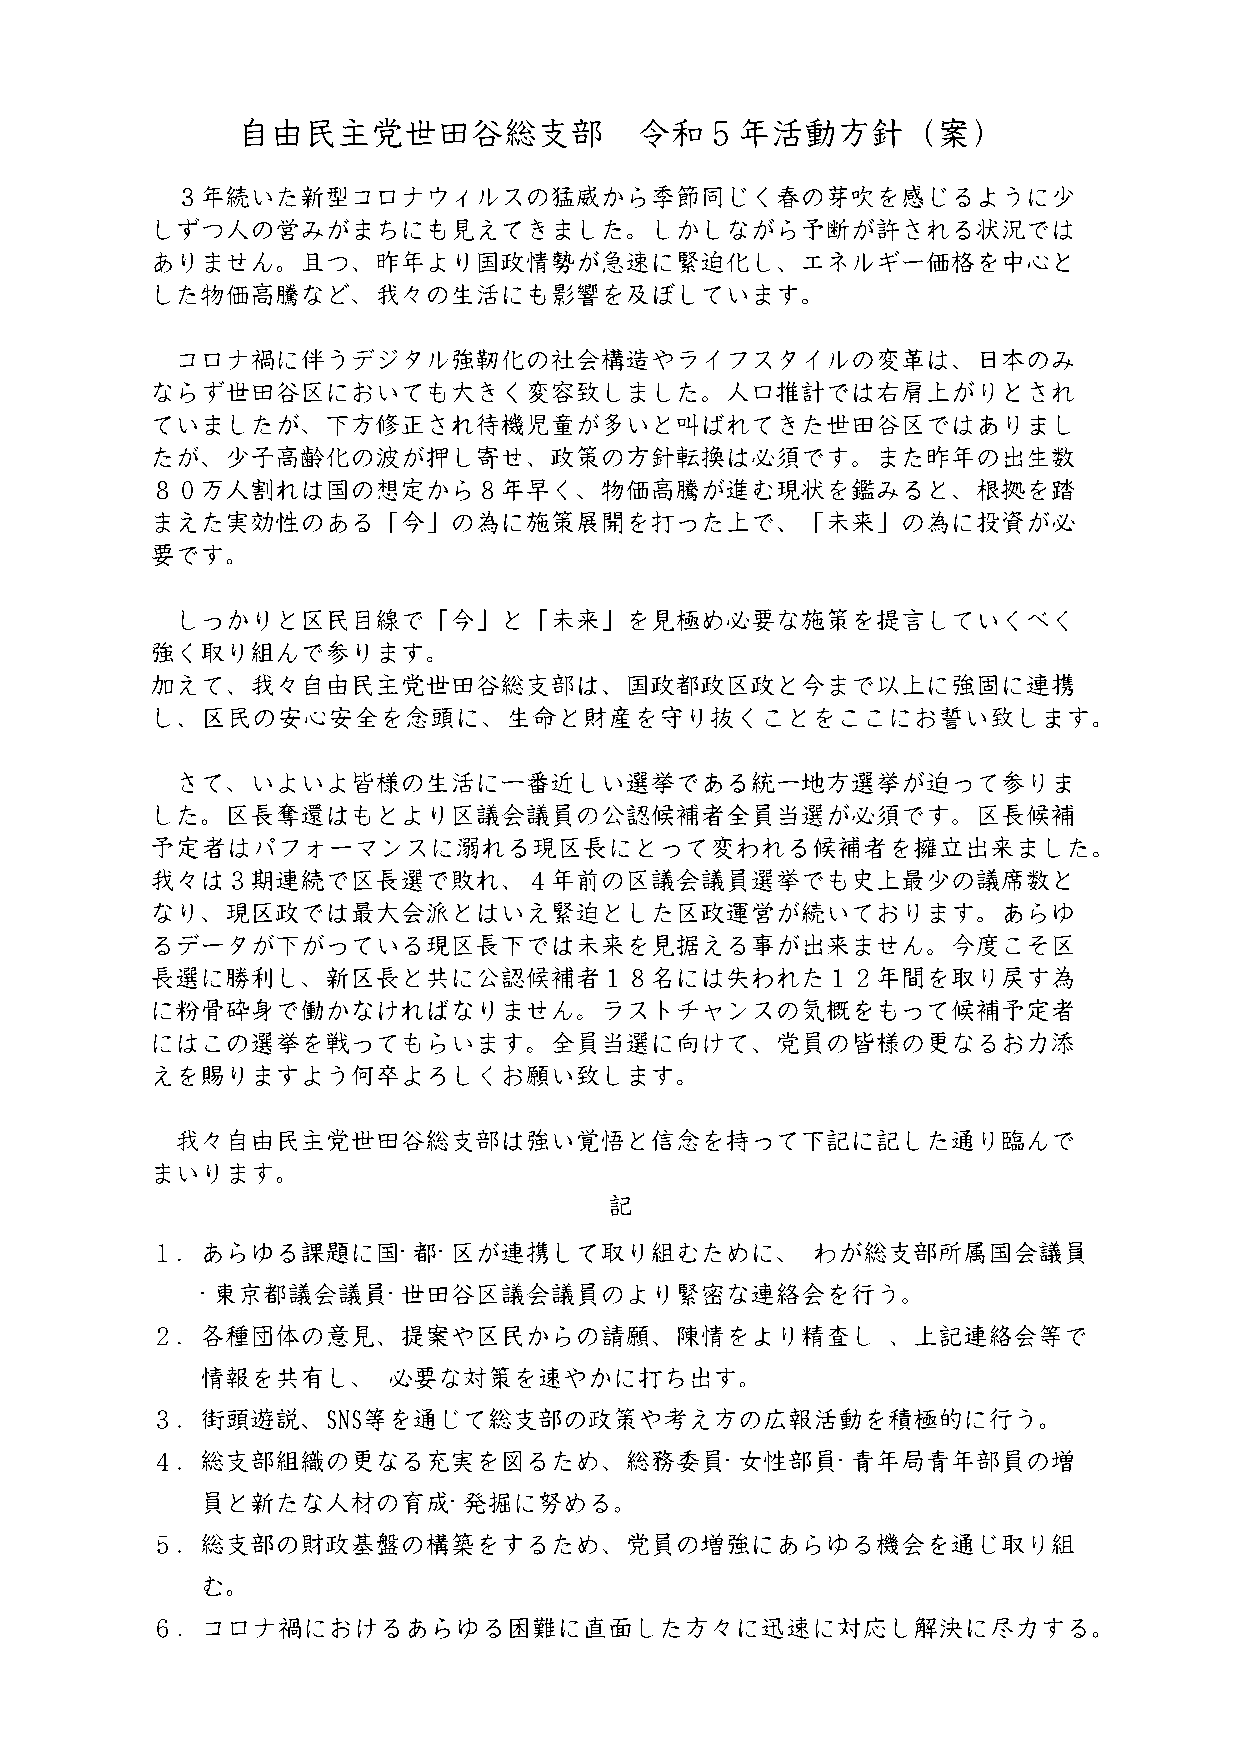
·  ·
 ·            ·
 ·      ·
 ·